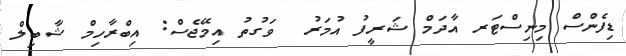
ޑިފެންސް މިނިސްޓަރ އާދަމް ޝަރީފު އުމަރު  ވަގުތު އިމޭޖެސް: އިބްރާހިމް ޝާބިލް